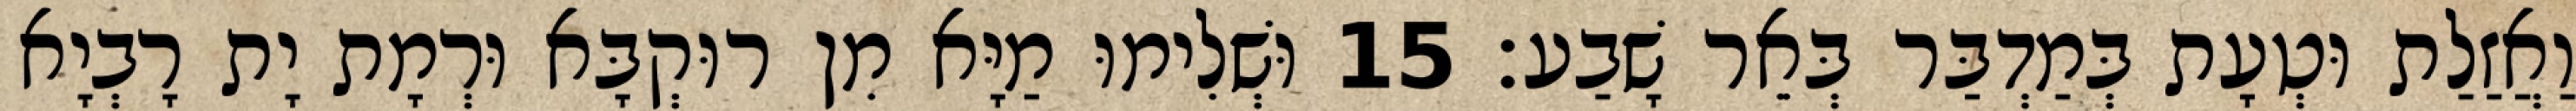
וַאֲזַלַת וּטְעָת בְּמַדְבַּר בְּאֵר שָׁבַע׃ 15 וּשְׁלִימוּ מַיָּא מִן רוּקְבָּא וּרְמָת יָת רָבְיָא